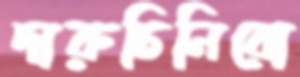
দারুচিনিরো